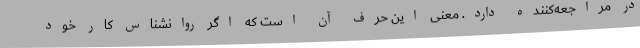
در مراجعه‌کننده دارد. معنی این حرف آن است که اگر روانشناس کار خود